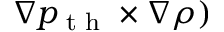
\nabla p _ { \textrm { t h } } \times \nabla \rho )